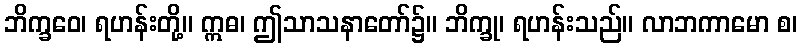
ဘိက္ခဝေ၊ ရဟန်းတို့။ ဣဓ၊ ဤသာသနာတော်၌။ ဘိက္ခု၊ ရဟန်းသည်။ လာဘကာမော စ၊